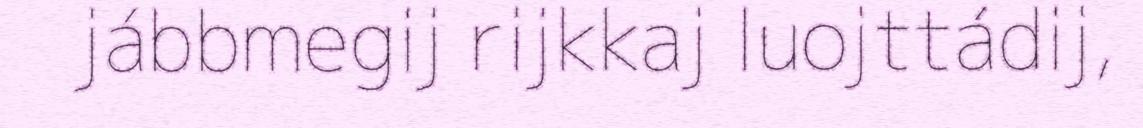
jábbmegij rijkkaj luojttádij,